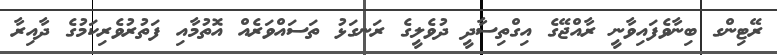
ރޭޓިންގ ބިނާވެފައިވާނީ ރާއްޖޭގެ އިގްތިސާދީ ދުވެލީގެ ރަނގަޅު ތަސައްވަރެއް އޮތުމާއި ފަތުރުވެރިކަމުގެ ދާއިރާ